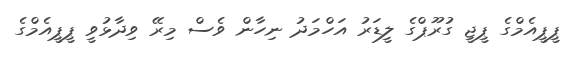
ޕީޕީއެމްގެ ޕީޖީ ގުރޫޕްގެ ލީޑަރު އަހްމަދު ނިހާން ވެސް މިރޭ ވިދާޅުވީ ޕީޕީއެމްގެ